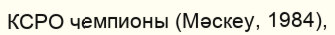
КСРО чемпионы (Мәскеу, 1984),